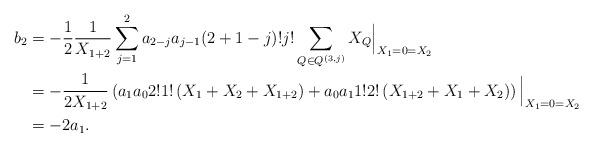
LaTeX: \begin{align*} b_2 &= -\frac 12 \frac{1}{X_{1+2}} \sum_{j=1}^{2} a_{2-j} a_{j-1} (2+1-j)! j! \sum_{Q\in Q^{(3,j)}} X_{Q} \Big|_{X_1=0=X_2} \\&= -\frac{1}{2X_{1+2}} \left( a_1 a_0 2! 1! \left( X_1+X_2 + X_{1+2} \right) + a_0 a_1 1! 2! \left( X_{1+2} + X_{1} + X_2\right) \right) \Big|_{X_1=0=X_2}\\&= -2 a_1.\end{align*}